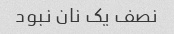
نصف یک نان نبود